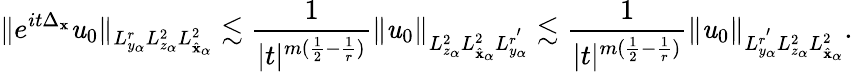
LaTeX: \| e^{it\Delta_{\mathbf{x}}}\mathit{u}_{0}\| _{L_{y_{\alpha}}^{r}L_{z_{\alpha}}^{2}L_{\hat{{\mathbf{x}}}_{\alpha}}^{2}}\lesssim\frac{{1}}{{|t|^{m(\frac{{1}}{{2}}-\frac{{1}}{{r}})}}}\| \mathit{u}_{0}\| _{L_{z_{\alpha}}^{2}L_{\hat{{\mathbf{x}}}_{\alpha}}^{2}L_{y_{\alpha}}^{r^{'}}}\lesssim\frac{{1}}{{|t|^{m(\frac{{1}}{{2}}-\frac{{1}}{{r}})}}}\| \mathit{u}_{0}\| _{L_{y_{\alpha}}^{r^{'}}L_{z_{\alpha}}^{2}L_{\hat{{\mathbf{x}}}_{\alpha}}^{2}}.